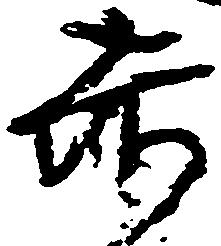
赤